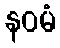
နဝမံ